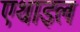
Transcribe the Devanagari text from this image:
एथाइल